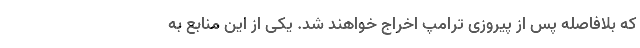
که بلافاصله پس از پیروزی ترامپ اخراج خواهند شد. یکی از این منابع به